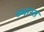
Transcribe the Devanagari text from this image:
ब्भारत